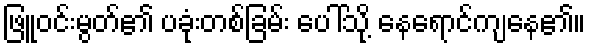
ဖြူဝင်းမွတ်၏ ပခုံးတစ်ခြမ်း ပေါ်သို့ နေရောင်ကျနေ၏။